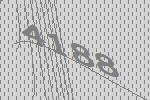
4188